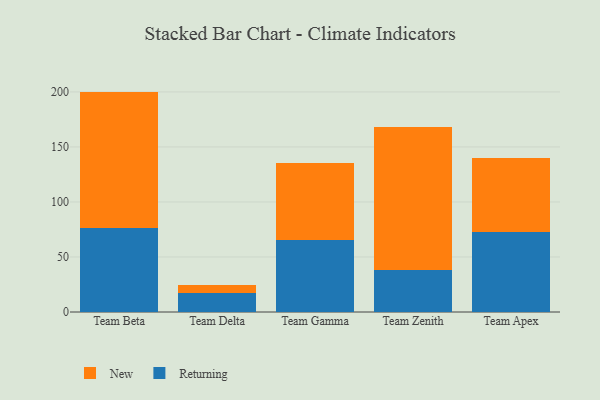
{"axis": {"x": "Team", "y": "Customer Acquisition Cost (USD)"}, "legend": ["New", "Returning"], "data": [{"x": "Team Beta", "y": 76.1, "type": "Returning"}, {"x": "Team Beta", "y": 124.2, "type": "New"}, {"x": "Team Delta", "y": 17.6, "type": "Returning"}, {"x": "Team Delta", "y": 7.0, "type": "New"}, {"x": "Team Gamma", "y": 65.5, "type": "Returning"}, {"x": "Team Gamma", "y": 70.0, "type": "New"}, {"x": "Team Zenith", "y": 37.9, "type": "Returning"}, {"x": "Team Zenith", "y": 130.4, "type": "New"}, {"x": "Team Apex", "y": 72.8, "type": "Returning"}, {"x": "Team Apex", "y": 67.4, "type": "New"}]}